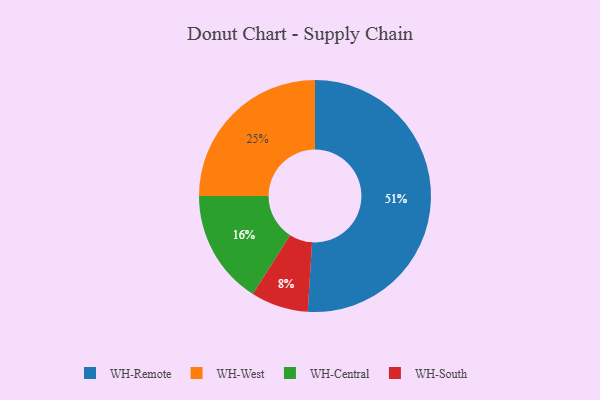
{"axis": {"x": "Category", "y": "Percentage"}, "legend": ["WH-Central", "WH-Remote", "WH-South", "WH-West"], "data": [{"x": "WH-Remote", "y": 51, "type": "WH-Remote"}, {"x": "WH-West", "y": 25, "type": "WH-West"}, {"x": "WH-Central", "y": 16, "type": "WH-Central"}, {"x": "WH-South", "y": 8, "type": "WH-South"}]}